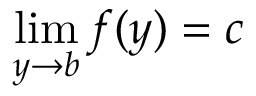
\operatorname* { l i m } _ { y \to b } f ( y ) = c